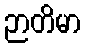
ဉာတိမာ